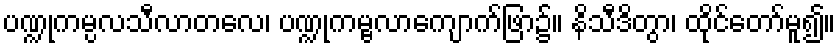
ပဏ္ဍုကမ္ပလသီလာတလေ၊ ပဏ္ဍုကမ္ဗလာကျောက်ဖြာ၌။ နိသီဒိတွာ၊ ထိုင်တော်မူ၍။